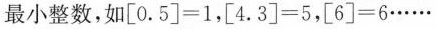
最小整数，如$$[0.5]=1$$，$$[4.3]=5$$，$$[6]=6\cdots \cdots $$